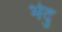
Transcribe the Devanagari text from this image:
भेदु